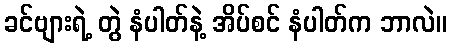
ခင်ဗျားရဲ့ တွဲ နံပါတ်နဲ့ အိပ်စင် နံပါတ်က ဘာလဲ။